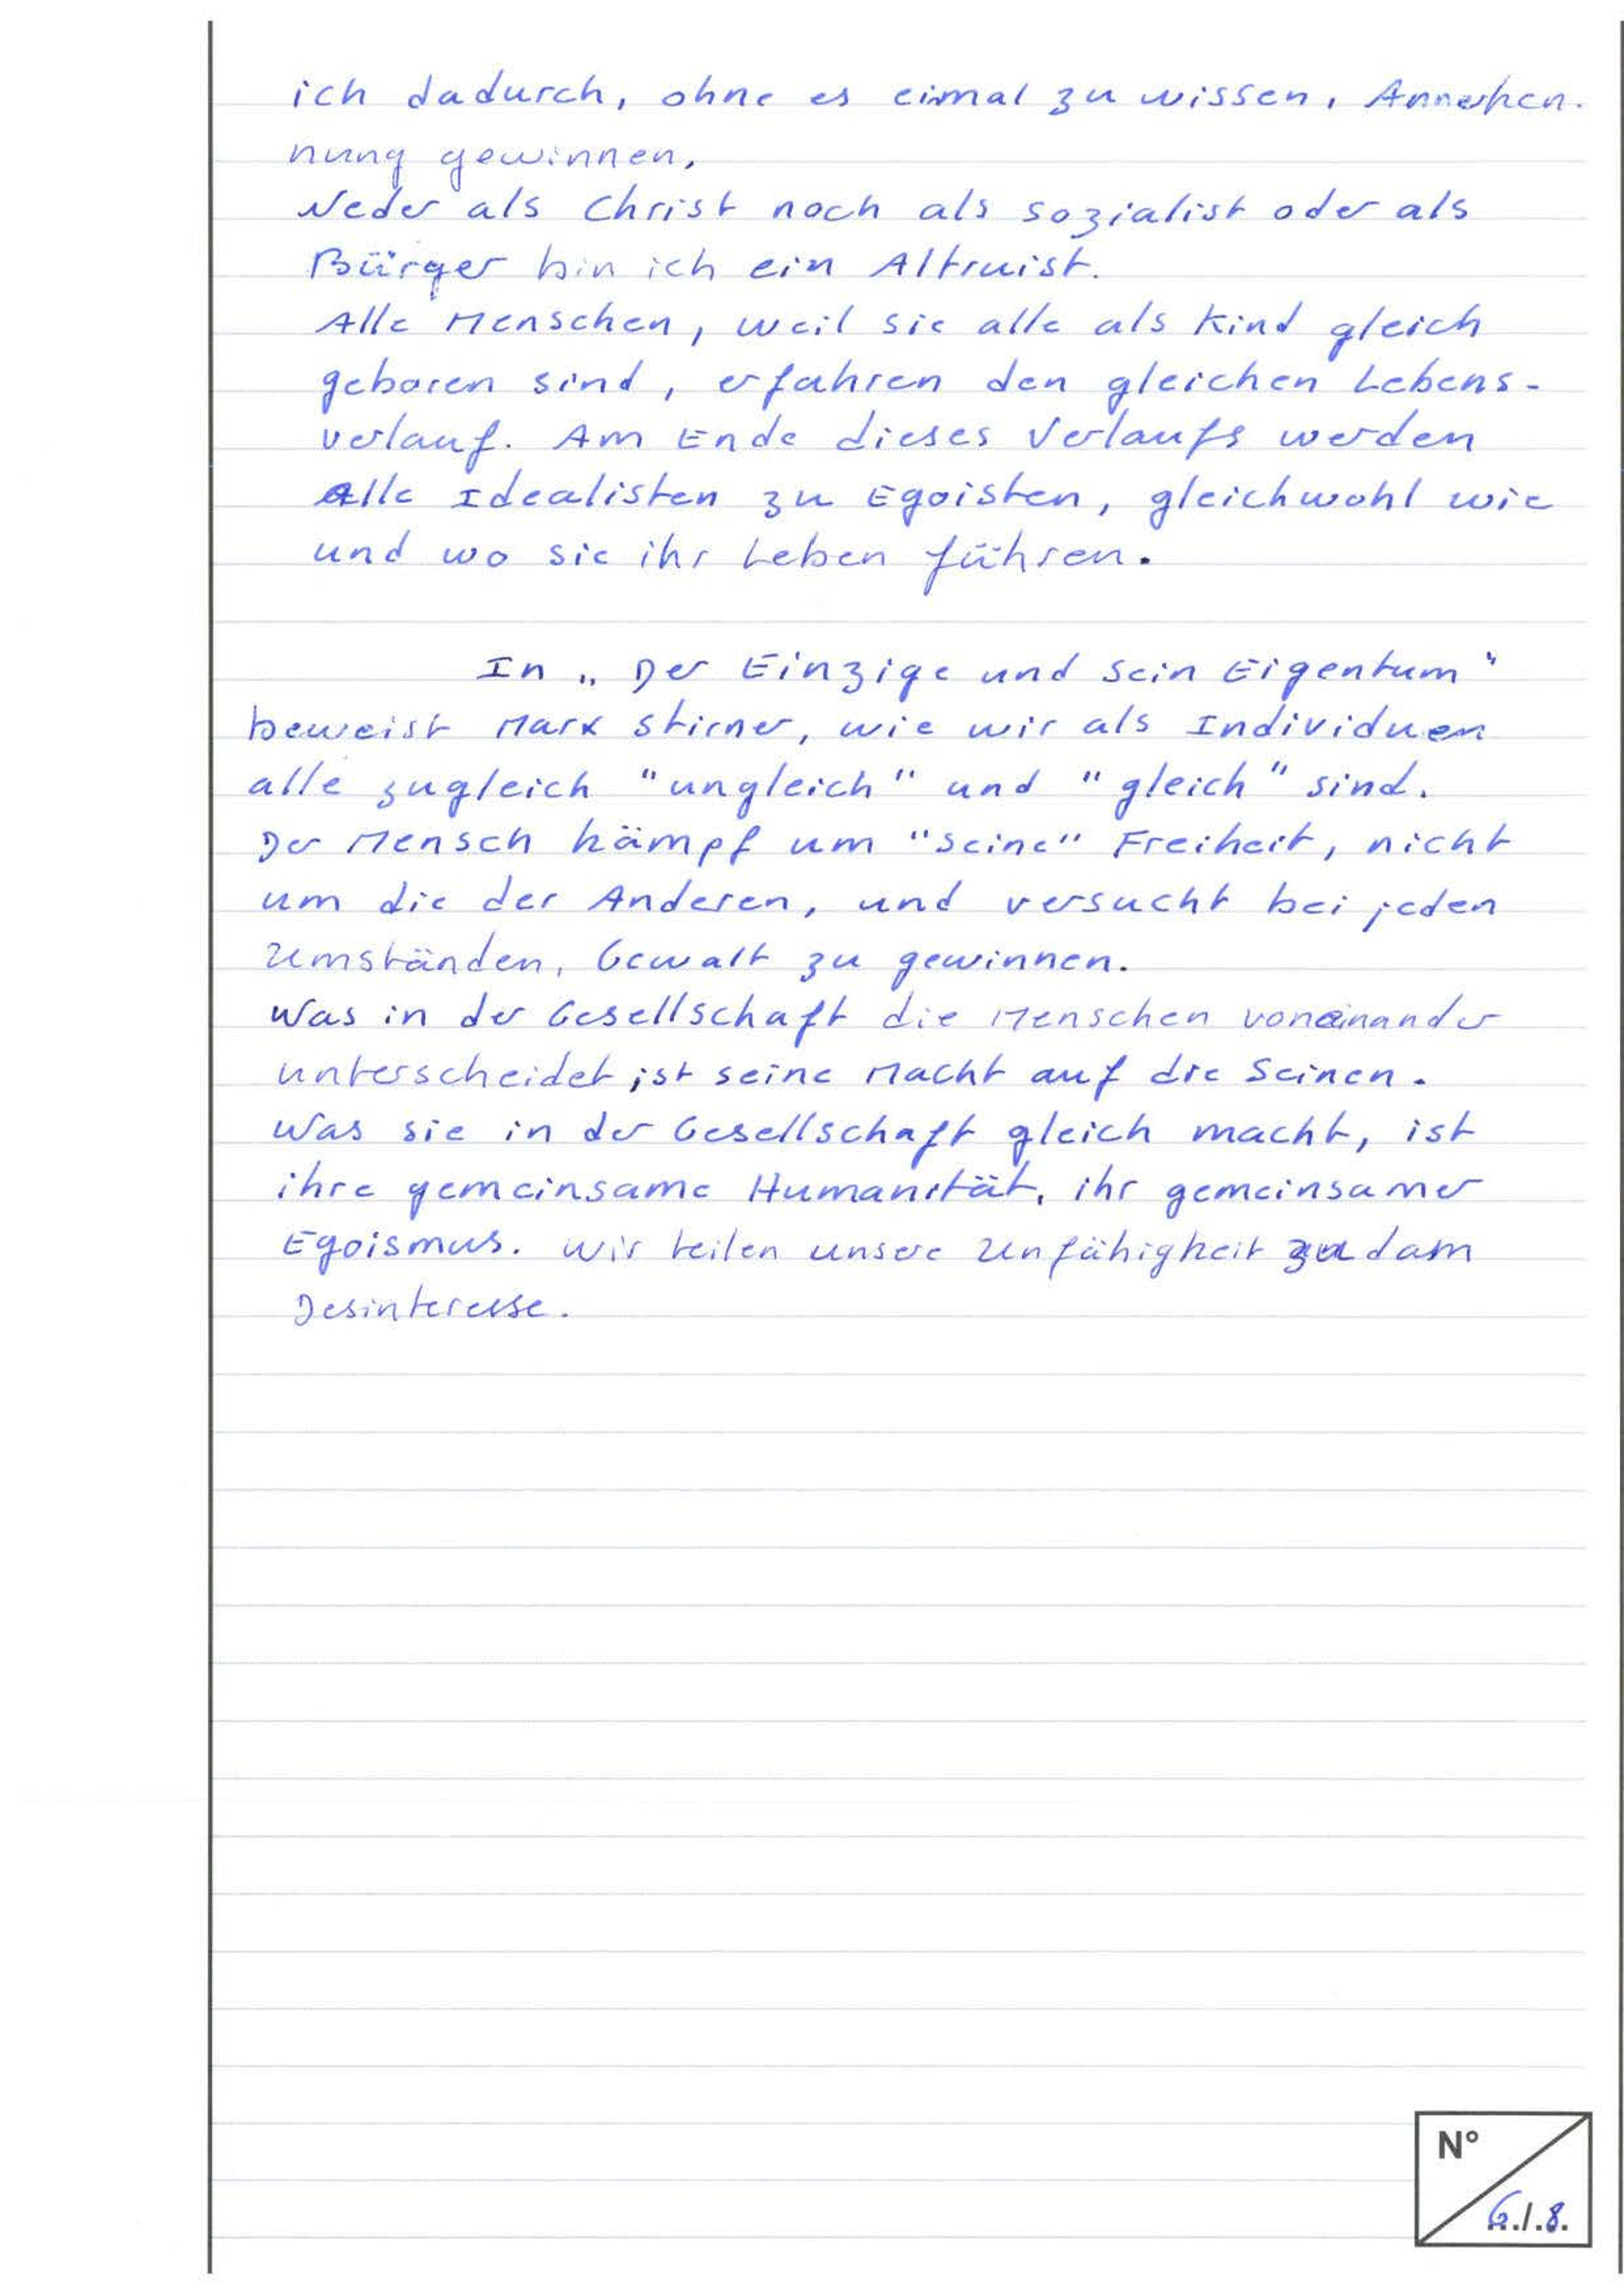
ich dadurch, ohne es einmal zu wissen, Annerken-
nung gewinnen.
Weder als Christ, noch als Sozialist oder als
Bürger bin ich ein Altruist.
Alle Menschen, weil sie alle als Kind gleich
geboren sind, erfahren den gleichen Lebens-
verlauf. Am Ende dieses Verlaufs werden
alle Idealisten zu Egoisten, gleichwohl wie
und wo sie ihr Leben führen.
In "Der Einzige und sein Eigentum"
beweist Mark Stirner, wie wir als Individuen
alle zugleich "ungleich" und "gleich" sind.
Der Mensch kämpf um "seine" Freiheit, nicht
um die der Anderen, und versucht bei jeden
Umständen, Gewalt zu gewinnen.
Was in der Gesellschaft die Menschen vonainander
unterscheidet, ist seine Macht auf die Seinen.
Was sie in der Gesellschaft gleich macht, ist
ihre gemeinsame Humanität, ihr gemeinsamer
Egoismus. Wir teilen unsere Unfähigkeit zu dam
Desinteresse.